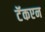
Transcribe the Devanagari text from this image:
टॅकएन